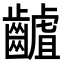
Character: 䶥